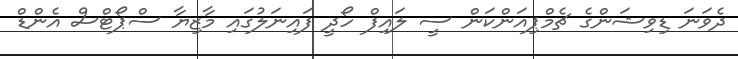
ދެވަނަ ޑިވިޝަންގެ ޗެމްޕިއަންކަން ސީ ލައިފް ހޯދީ ފައިނަލުގައި މާޒިޔާ ސްޕޯޓްސް އެންޑް